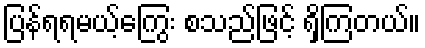
ပြန်ရရမယ့်ကြွေး စသည်ဖြင့် ရှိကြတယ်။